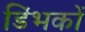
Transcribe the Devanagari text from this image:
डिंभकों